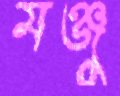
মঞ্জু